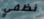
نظفي